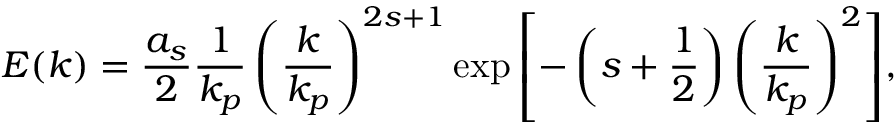
E ( k ) = \frac { a _ { s } } { 2 } \frac { 1 } { k _ { p } } \left( \frac { k } { k _ { p } } \right) ^ { 2 s + 1 } \exp { \left[ - \left( s + \frac { 1 } { 2 } \right) \left( \frac { k } { k _ { p } } \right) ^ { 2 } \right] } ,